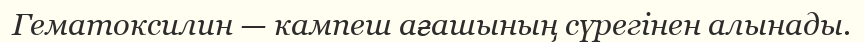
Гематоксилин — кампеш ағашының сүрегінен алынады.